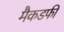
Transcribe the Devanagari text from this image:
मैकडफी